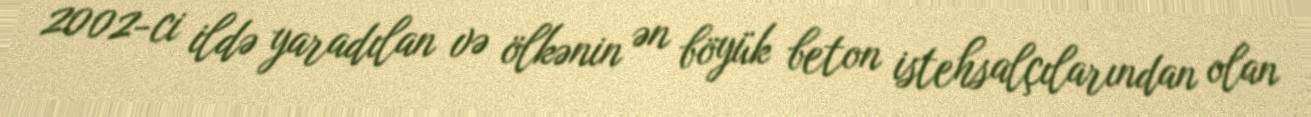
2002-ci ildə yaradılan və ölkənin ən böyük beton istehsalçılarından olan